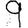
Digit: 9